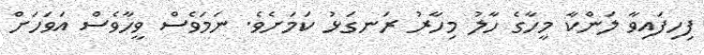
ފިހިފައިވާ ލަންކާ މީހާގެ ހާލު މިހާރު ރަނގަޅު ކަމަށެވެ. ނަމަވެސް ވީހާވެސް އަވަހަށް